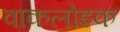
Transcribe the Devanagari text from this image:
वाकलोइक